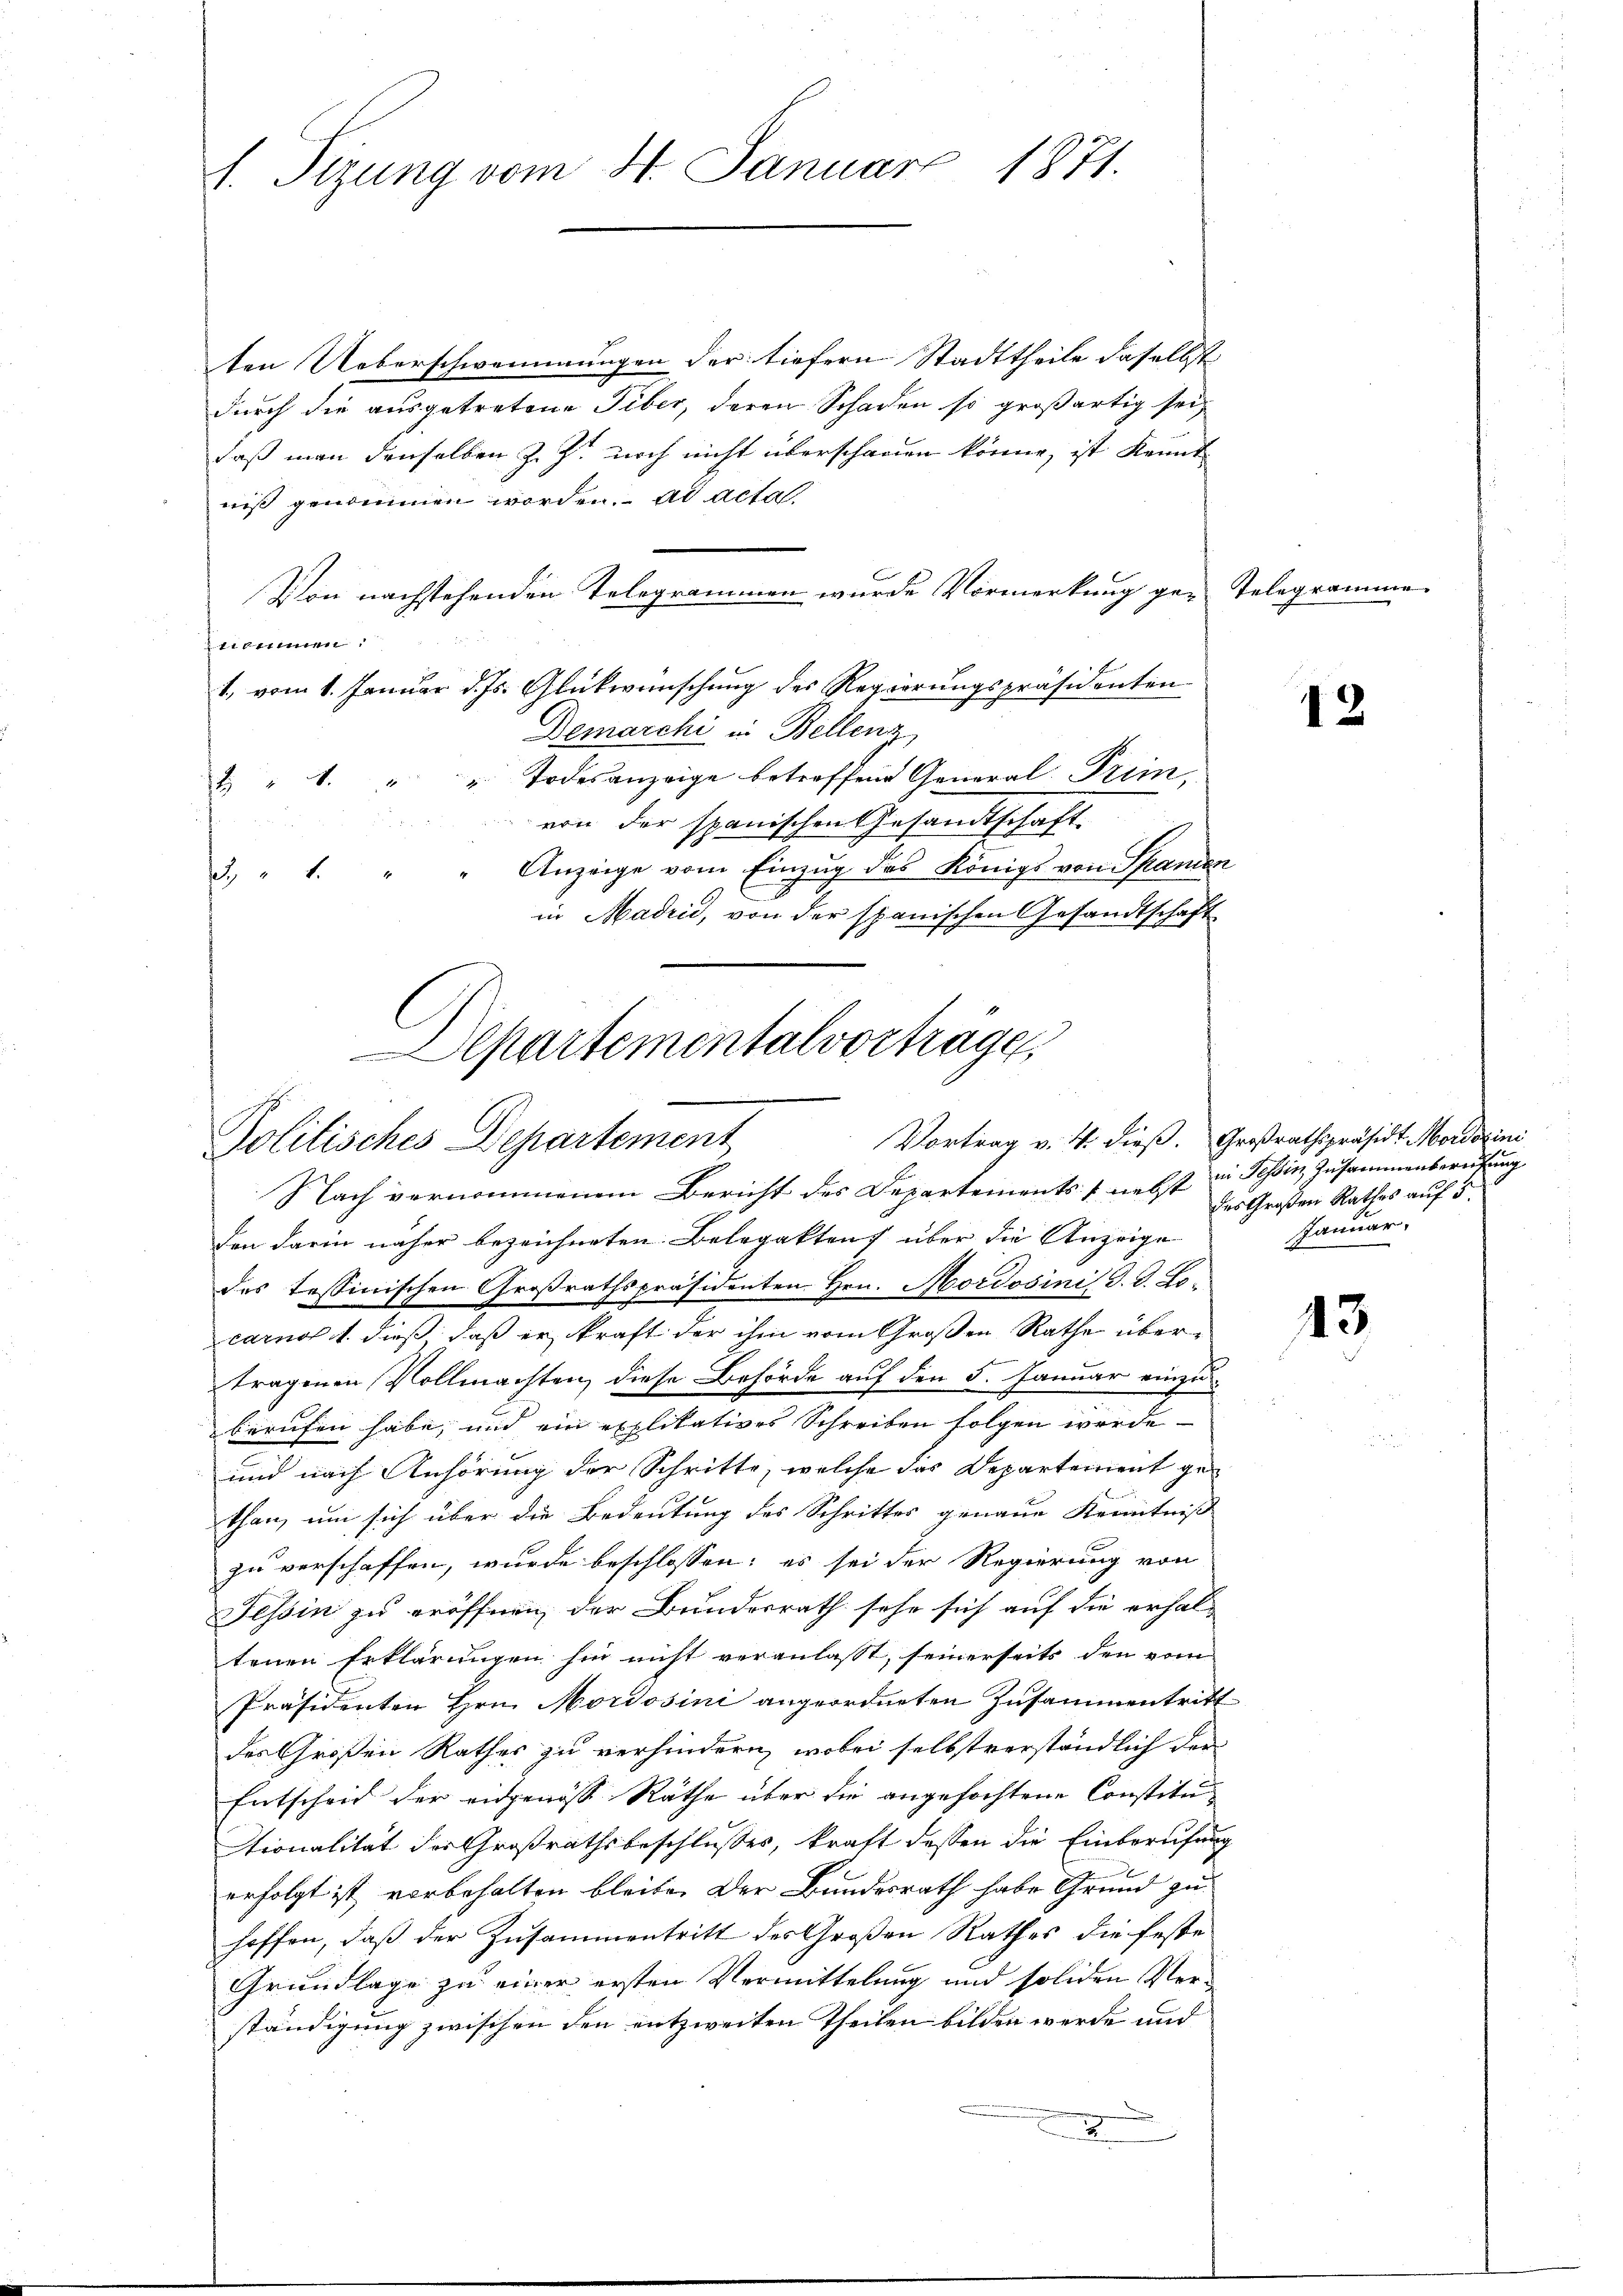
d. Sizung vom 4. Januar 1871.

ten Ueberschwemmungen der tiefern Stadttheile daselbst
durch die ausgetretene Tiber, deren Schaden so großartig sei,
daß man denselben z. Z. noch nicht überschauen könne, ist kannt
niß genommen worden. ad acta.
nommen.
1, vom 1. Januar d. Js. Glükwünschung des Regierungspräsidenten
Demarchi in Bellenz
& " 1. " " Todesanzeige betreffend General-Prem,
von der spanischen Gesandtschaft.
Anzeige vom Einzug des Königs von Spanien
3. " 1
in Madrid, von der spanischen Gesandtschaft

Von nachstehenden Telegrammen wurde Vormerkung ge-Telegramme

Departementalvorträge
Politisches Departement

Nach vernommenem Bericht des Departements nebst in Tessin, Zusammenberufung
den darin näher bezeichneten Belegaktens über die Anzeige
des tessinischen Großrathspräsidenten Hrn. Mordosinis d. d. Locarnos 1. dieß, daß er kraft der ihm vom Großen Rathe übertragenen Vollmachten diese Behörde auf den 5. Januar einzuberufen habe, und ein explikatives Schreiben folgen werde
und nach Anhörung der Schritte, welche das Departement ge-
than, um sich über die Bedeutung des Schrittes genaue Kenntniß
zu verschaffen, wurde beschlossen: es sei der Regierung von
Tessin zu eröffnen, der Bundesrath sehe sich auf die erhal-
tenen Erklärungen hin nicht veranlasst, seinerseits den vom
Präsidenten Hrn. Mordosini angeordneten Zusammentritt
des Großen Rathes zu verhindern, wobei selbstverständlich den
Entscheid der eidgenöss Räthe über die angefochtene Constitu
Stionalität der Großrathsbeschlusses, kraft dessen die Einberufung
erfolgt ist vorbehalten bleibe. Der Bundesrath habe Grund zuhoffen, daß der Zusammentritt des Großen Rathes die feste
Grundlage zu einer ersten Vermittelung und soliden Verständigung zwischen den entzweiten Theilen bilden werde und
2

12

Vortrag v. 4. dieß. Großrathspräsidt Morderini
des Großen Rathes auf 5.
Januar.

43